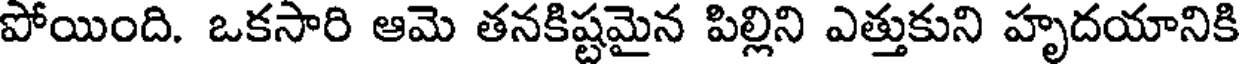
పోయింది. ఒకసారి ఆమె తనకిష్టమైన పిల్లిని ఎత్తుకుని హృదయానికి